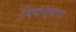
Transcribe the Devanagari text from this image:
विषाणूबाधा